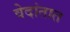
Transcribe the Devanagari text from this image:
वेदांतात